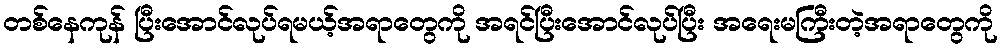
တစ်နေကုန် ပြီးအောင်လုပ်ရမယ့်အရာတွေကို အရင်ပြီးအောင်လုပ်ပြီး အရေးမကြီးတဲ့အရာတွေကို